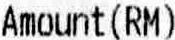
AMOUNT(RM)